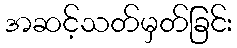
အဆင့်သတ်မှတ်ခြင်း